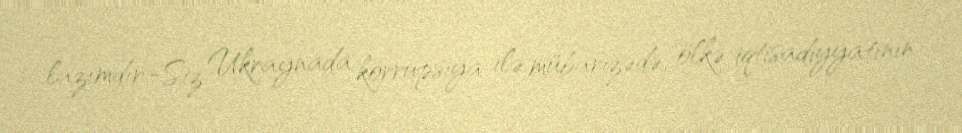
lazımdır.-Siz Ukraynada korrupsiya ilə mübarizədə, ölkə iqtisadiyyatının